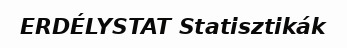
ERDÉLYSTAT Statisztikák